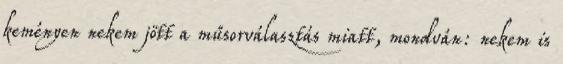
keményen nekem jött a műsorválasztás miatt, mondván: nekem is